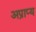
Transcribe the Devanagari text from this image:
अप्राप्‍य